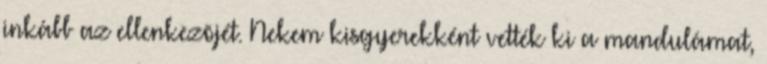
inkább az ellenkezõjét. Nekem kisgyerekként vették ki a mandulámat,